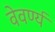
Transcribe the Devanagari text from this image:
वेवर्ण्य